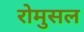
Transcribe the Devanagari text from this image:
रोमुसल